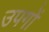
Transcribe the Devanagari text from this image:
उपगों